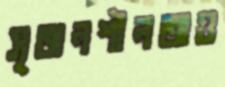
সৃজনশীলতাও